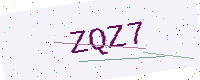
Text: ZQZ7